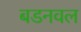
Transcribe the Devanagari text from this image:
बडनवल